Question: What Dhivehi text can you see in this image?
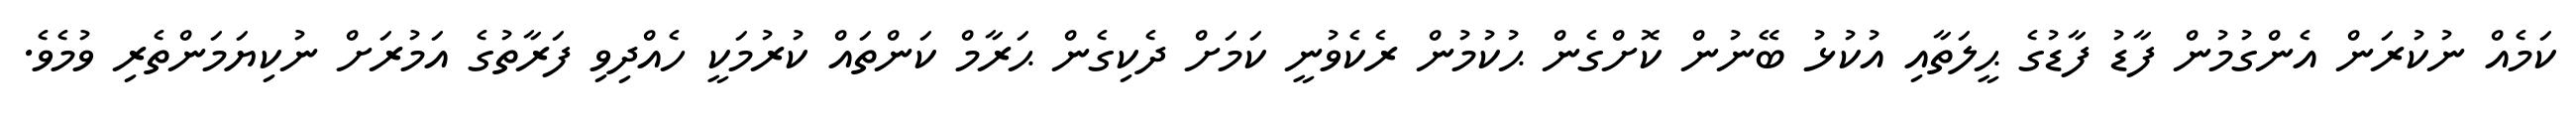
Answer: ކަމެއް ނުކުރަން އެންގުމުން ފާޑު ފާޑުގެ ޙީލަތާއި އުކުޅު ބޭނުން ކޮށްގެން ޙުކުމުން ރެކެވުނީ ކަމަށް ދެކިގެން ޙަރާމް ކަންތައް ކުރުމަކީ ހެއްދިވި ފަރާތުގެ އަމުރަށް ނުކިޔަމަންތެރި ވުމެވެ.